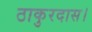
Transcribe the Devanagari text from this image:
ठाकुरदास।